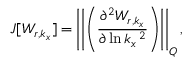
J [ W _ { r , k _ { x } } ] = \left| \left| \left( \frac { \partial ^ { 2 } W _ { r , k _ { x } } } { \partial \ln k _ { x } \, ^ { 2 } } \right) \right| \right| _ { Q } ,